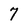
Character: 7